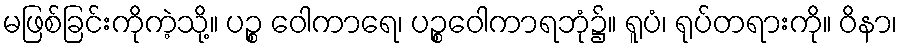
မဖြစ်ခြင်းကိုကဲ့သို့။ ပဉ္စ ဝေါကာရေ၊ ပဉ္စဝေါကာရဘုံ၌။ ရူပံ၊ ရုပ်တရားကို။ ဝိနာ၊